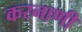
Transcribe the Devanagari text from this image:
करनाणी